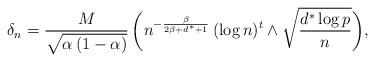
LaTeX: \begin{align*}\delta_n=\frac{M}{\sqrt{\alpha\,(1-\alpha)}}\,\bigg( n^{-\frac{\beta}{2\beta + d^\ast +1}} \, (\log n)^t \wedge \sqrt{\frac{d^\ast \log p}{n}}\bigg),\end{align*}